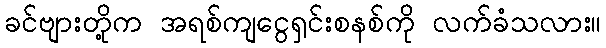
ခင်ဗျားတို့က အရစ်ကျငွေရှင်းစနစ်ကို လက်ခံသလား။